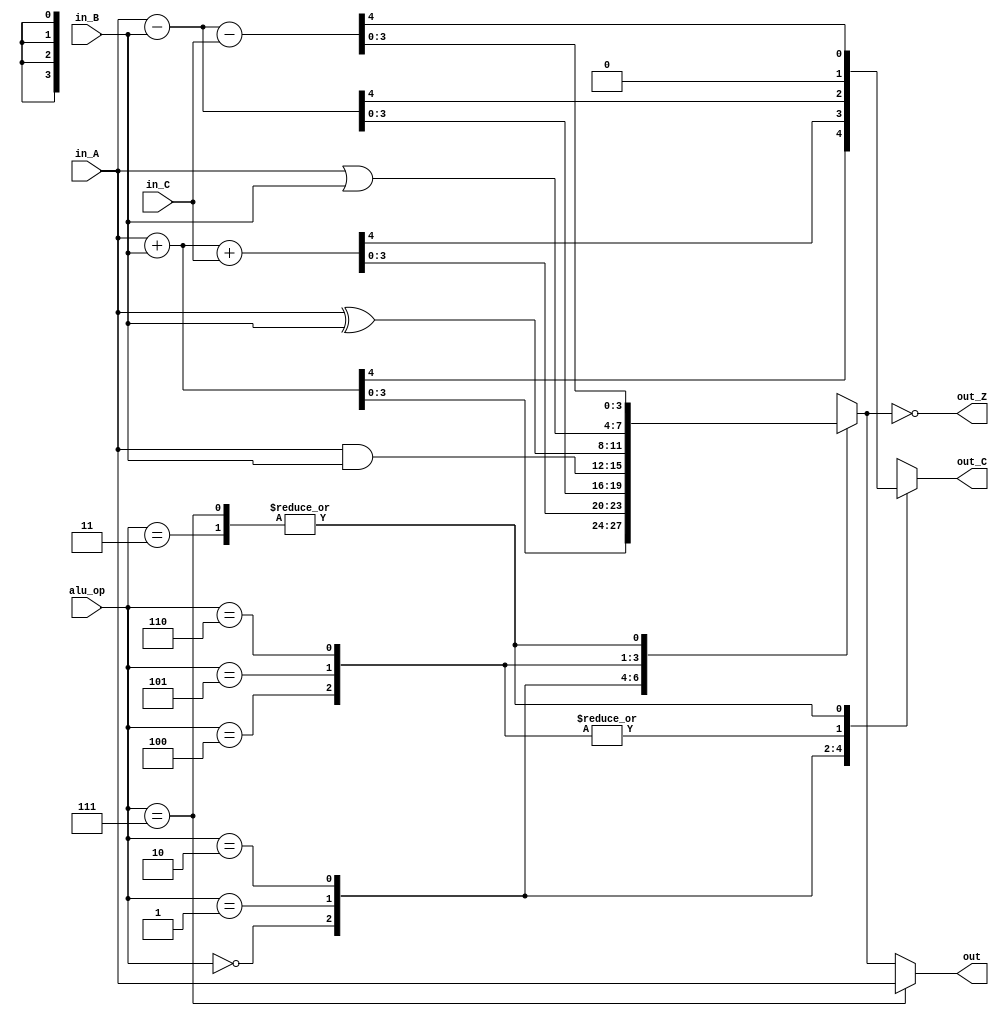
`timescale 1ns / 1ns
//////////////////////////////////////////////////////////////////////////////////
// Company: 
// Engineer: 
// 
// Design Name: 
// Module Name: alu
// Project Name: 
// Target Devices: 
// Tool Versions: 
// Description: 
// 
// Dependencies: 
// 
// Revision:
// Revision 0.01 - File Created
// Additional Comments:
// 
//////////////////////////////////////////////////////////////////////////////////


module alu(
    input [3:0] in_A,
    input [3:0] in_B,
    input [2:0] alu_op,
    input in_C,

    output [3:0] out,
    output out_Z,
    output out_C
    );

    parameter add_op = 0,
              adc_op = 1,
              sub_op = 2,
              sbc_op = 3,
              and_op = 4,
              xor_op = 5,
              or_op  = 6,
              cp_op  = 7;

    wire [4:0] addResult;
    wire [4:0] adcResult;
    wire [4:0] subResult;
    wire [4:0] sbcResult;
    wire [3:0] andResult;
    wire [3:0] xorResult;
    wire [3:0] orResult;
    wire [4:0] cpResult;

    reg [3:0] result;
    reg c_result;


    // ALU Ops
    assign addResult = in_A + in_B;
    assign adcResult = in_A + in_B + {4'b0, in_C};
    assign subResult = in_A - in_B;
    assign sbcResult = in_A - in_B - {4'b0, in_C};
    assign andResult = in_A & in_B;
    assign xorResult = in_A ^ in_B;
    assign orResult = in_A | in_B;
    assign cpResult = in_A - in_B - {4'b0, in_C};

    // Assign result
    always @(*)
    begin
        case (alu_op)
        add_op: begin
            result <= addResult[3:0];
            c_result <= addResult[4];
        end

        adc_op: begin
            result <= adcResult[3:0];
            c_result <= adcResult[4];
        end

        sub_op: begin
            result <= subResult[3:0];
            c_result <= subResult[4];
        end

        sbc_op: begin
           result <= sbcResult[3:0];
           c_result <= sbcResult[4];
        end

        and_op: begin
           result <= andResult;
           c_result <= 'd0;
        end

        xor_op: begin
            result <= xorResult;
            c_result <= 'd0;
        end

        or_op: begin
            result <= orResult;
            c_result <= 'd0;
        end

        cp_op: begin
            result <= cpResult[3:0];
            c_result <= cpResult[4];
        end
        endcase
    end

    assign out = (alu_op == cp_op) ? in_A : result;

    // Assign Flags
    assign out_Z = result == 'd0;
    assign out_C = c_result;

endmodule